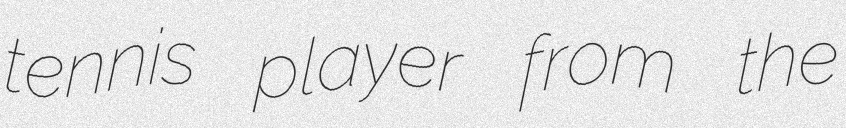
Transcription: tennis player from the